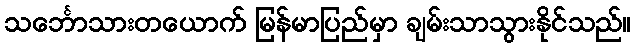
သင်္ဘောသားတယောက် မြန်မာပြည်မှာ ချမ်းသာသွားနိုင်သည်။